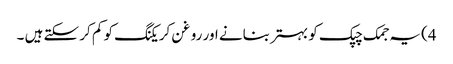
4) یہ جمک چپک کو بہتر بنانے اور روغن کریکنگ کو کم کر سکتے ہیں ۔